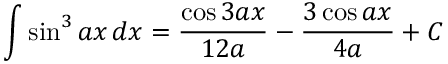
\int \sin ^ { 3 } { a x } \, d x = { \frac { \cos 3 a x } { 1 2 a } } - { \frac { 3 \cos a x } { 4 a } } + C